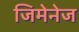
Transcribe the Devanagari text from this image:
जिमेनेज